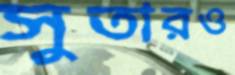
সুতারও